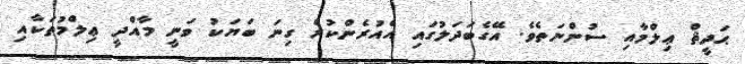
ޙަދީޘް ޢިލްމާއި ސުންނަތެވެ. އޭގެބަދަލުގައި އެއުރެންކުރެ ގިނަ ބަޔަކު ވަނީ މާއްދީ ޢިލްމުތަކާއި